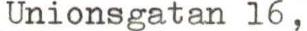
Unionsgatan 16,